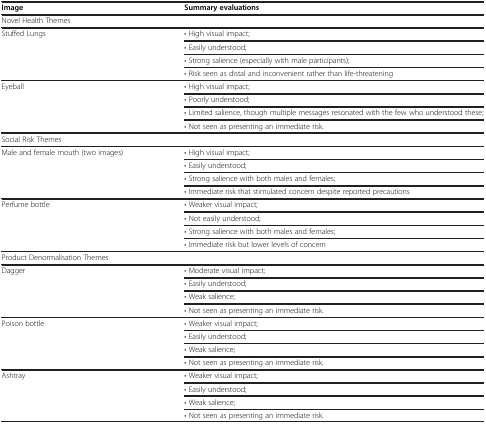
| Image | Summary evaluations |
 | --- | --- |
 | <COLSPAN=2> Novel Health Themes |
 | <ROWSPAN=4> Stuffed Lungs | • High visual impact; |
 | • Easily understood; |
 | • Strong salience (especially with male participants); |
 | • Risk seen as distal and inconvenient rather than life-threatening |
 | <ROWSPAN=4> Eyeball | • High visual impact; |
 | • Poorly understood; |
 | • Limited salience, though multiple messages resonated with the few who understood these; |
 | • Not seen as presenting an immediate risk. |
 | <COLSPAN=2> Social Risk Themes |
 | <ROWSPAN=4> Male and female mouth (two images) | • High visual impact; |
 | • Easily understood; |
 | • Strong salience with both males and females; |
 | • Immediate risk that stimulated concern despite reported precautions |
 | <ROWSPAN=4> Perfume bottle | • Weaker visual impact; |
 | • Not easily understood; |
 | • Strong salience with both males and females; |
 | • Immediate risk but lower levels of concern |
 | <COLSPAN=2> Product Denormalisation Themes |
 | <ROWSPAN=4> Dagger | • Moderate visual impact; |
 | • Easily understood; |
 | • Weak salience; |
 | • Not seen as presenting an immediate risk. |
 | <ROWSPAN=4> Poison bottle | • Weaker visual impact; |
 | • Easily understood; |
 | • Weak salience; |
 | • Not seen as presenting an immediate risk. |
 | <ROWSPAN=4> Ashtray | • Weaker visual impact; |
 | • Easily understood; |
 | • Weak salience; |
 | • Not seen as presenting an immediate risk. |